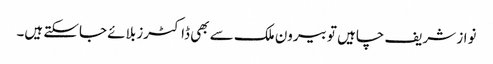
نواز شریف چاہیں تو بیرون ملک سے بھی ڈاکٹرز بلائے جاسکتے ہیں۔